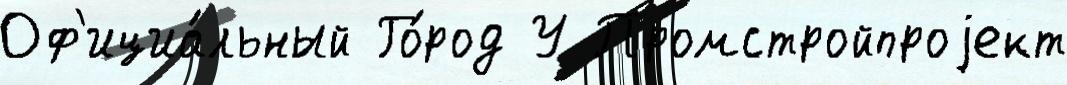
Оф'ициа́льный Го́род У Промстройпроjект